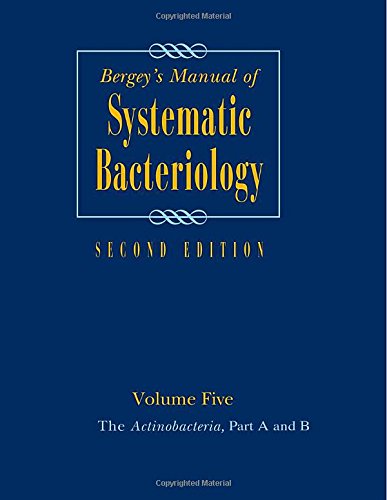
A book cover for Bergey's Manual of Systematic Bacteriology: Volume 5: The Actinobacteria (Bergey's Manual of Systematic Bacteriology (Springer-Verlag)); Medical Books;